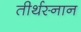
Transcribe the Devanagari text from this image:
तीर्थस्नान